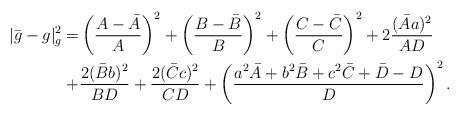
LaTeX: \begin{align*}|\bar{g}-g|_{g}^{2}=&\left(\frac{A-\bar{A}}{A}\right)^{2}+\left(\frac{B-\bar{B}}{B}\right)^{2}+\left(\frac{C-\bar{C}}{C}\right)^{2}+2\frac{(\bar{A}a)^{2}}{AD}\\ +&\frac{2(\bar{B}b)^{2}}{BD}+\frac{2(\bar{C}c)^{2}}{CD}+\left(\frac{a^{2}\bar{A}+b^{2}\bar{B}+c^{2}\bar{C}+\bar{D}-D}{D}\right)^{2}.\\ \end{align*}